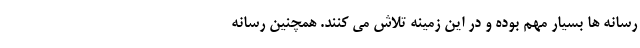
رسانه ها بسیار مهم بوده و در این زمینه تلاش می کنند. همچنین رسانه